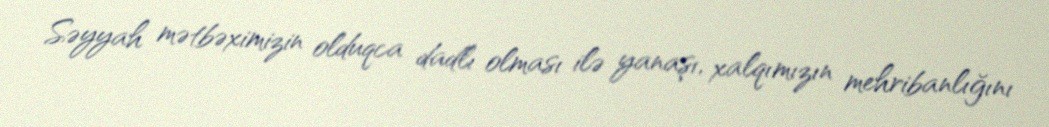
Səyyah mətbəximizin olduqca dadlı olması ilə yanaşı, xalqımızın mehribanlığını